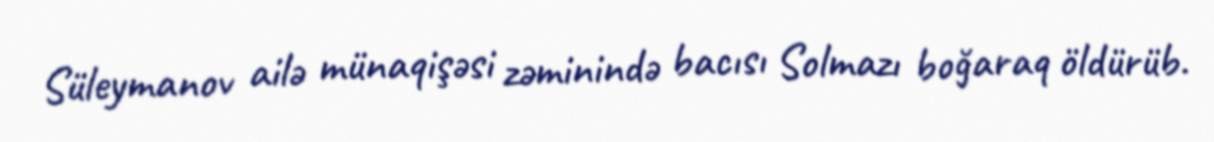
Süleymanov ailə münaqişəsi zəminində bacısı Solmazı boğaraq öldürüb.